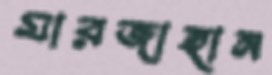
মারজাহান